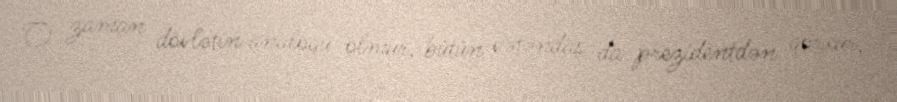
O zaman dövlətin analoqu olmur, bütün vətəndaş da prezidentdən qorxur,